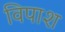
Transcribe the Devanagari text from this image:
विपाश